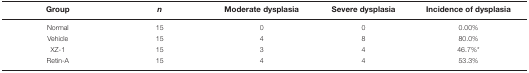
<table><thead><tr><td><b>Group</b></td><td><b><i>n</i></b></td><td><b>Moderate dysplasia</b></td><td><b>Severe dysplasia</b></td><td><b>Incidence of dysplasia</b></td></tr></thead><tbody><tr><td>Normal</td><td>15</td><td>0</td><td>0</td><td>0.00%</td></tr><tr><td>Vehicle</td><td>15</td><td>4</td><td>8</td><td>80.0%</td></tr><tr><td>XZ-1</td><td>15</td><td>3</td><td>4</td><td>46.7%*</td></tr><tr><td>Retin-A</td><td>15</td><td>4</td><td>4</td><td>53.3%</td></tr></tbody></table>